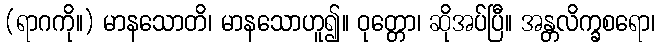
(ရာဂကို။) မာနသောတိ၊ မာနသောဟူ၍။ ဝုတ္တော၊ ဆိုအပ်ပြီ။ အန္တလိက္ခစရော၊